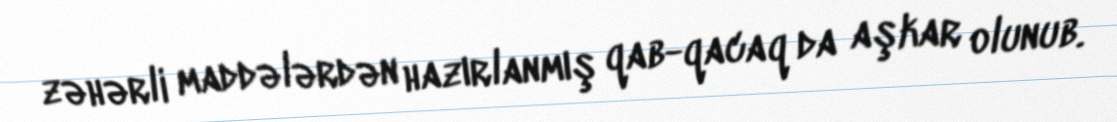
zəhərli maddələrdən hazırlanmış qab-qacaq da aşkar olunub.